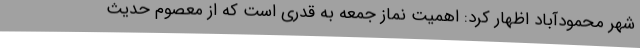
شهر محمودآباد اظهار کرد: اهمیت نماز جمعه به قدری است که از معصوم حدیث